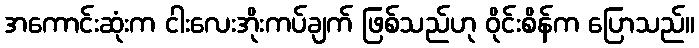
အကောင်းဆုံးက ငါးလေးအိုးကပ်ချက် ဖြစ်သည်ဟု ဝိုင်းစိန်က ပြောသည်။